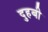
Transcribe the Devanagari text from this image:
दुहबी